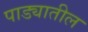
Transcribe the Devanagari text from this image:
पाड्यातील